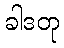
ခါဒတု